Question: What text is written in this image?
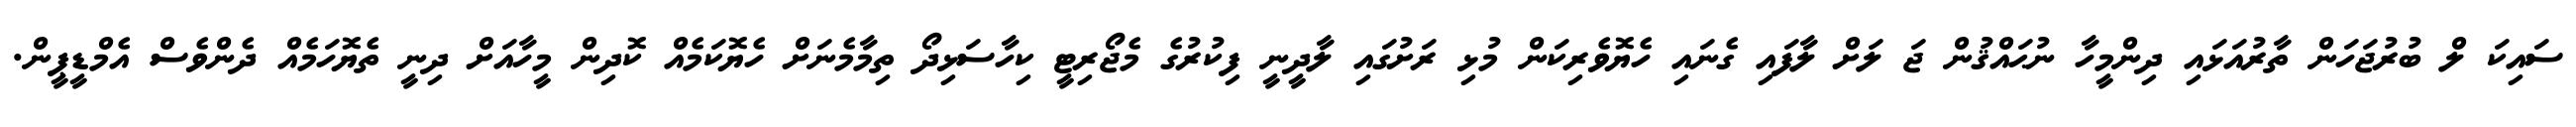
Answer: ސައިކަ ލް ބުރުޖަހަން ތާރުއަޅައި ދިންމީހާ ނުޙައްޤުން ޖަ ލަށް ލާފައި ގެނައި ހެޔޮވެރިކަން މުޅި ރަށުގައި ލާދީނީ ފިކުރުގެ މެޖޯރިޓީ ކިހާސަޅިދޯ ތިމާމެނަށް ހެޔޮކަމެއް ކޮދިން މީހާއަށް ދިނީ ތެޔޮހަމެއް ދެންވެސް އެމްޑީޕީން.